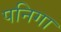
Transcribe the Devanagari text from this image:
पनिगा